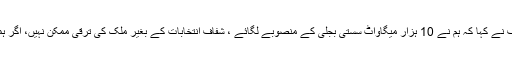
سینئر صحافیوں کے وفد سے گفتگو کرتے ہوئے شہباز شریف نے کہا کہ ہم نے 10 ہزار میگاواٹ سستی بجلی کے منصوبے لگائے ، شفاف انتخابات کے بغیر ملک کی ترقی ممکن نہیں، اگر ہمیں ملک کی خدمت کا موقع ملا تو قومی حکومت بنائیں گے ۔